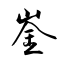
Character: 崟